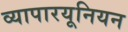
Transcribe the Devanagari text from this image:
व्यापारयूनियन